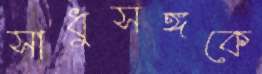
সাধুসঙ্গকে